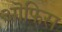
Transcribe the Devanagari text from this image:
ऒफिस